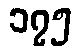
၁၇၅